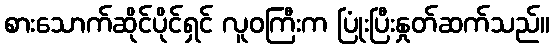
စားသောက်ဆိုင်ပိုင်ရှင် လူဝကြီးက ပြုံးပြီးနှုတ်ဆက်သည်။